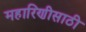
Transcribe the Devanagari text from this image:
महारिणीसाठी